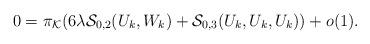
LaTeX: \begin{align*}0=\pi_{\mathcal{K}}(6\lambda \mathcal{S}_{0,2}(U_k,W_k)+\mathcal{S}_{0,3}(U_k,U_k,U_k))+o(1).\end{align*}